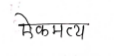
मजकूर: ऐकमत्य